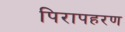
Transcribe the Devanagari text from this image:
पिरापहरण